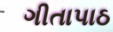
ગીતાપાઠ